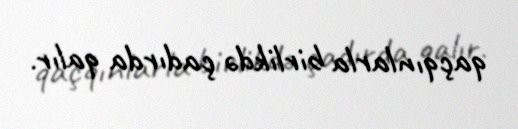
qaçqınlarla birlikdə çadırda qalır.